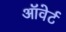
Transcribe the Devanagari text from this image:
ऑवेर्ट